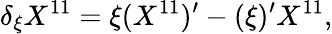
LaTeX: \delta_{\xi}X^{11}=\xi(X^{11})^{\prime}-(\xi)^{\prime}X^{11},